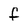
Character: f